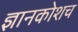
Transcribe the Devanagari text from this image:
ज्ञानकोशच